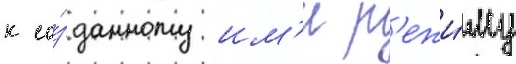
к со́зданному им'и р'ежи́му